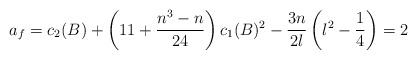
\begin{align*}a_f = c_2(B) + \left(11 + \frac{n^3-n}{24}\right) c_1(B)^2 - \frac{3n}{2\l}\left(\l^2-\frac{1}{4}\right) = 2\end{align*}